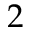
2